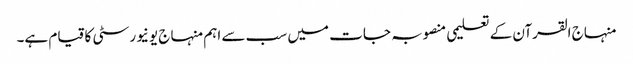
منہاج القرآن کے تعلیمی منصوبہ جات میں سب سے اہم منہاج یونیورسٹی کا قیام ہے۔